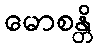
မောစန္တိ